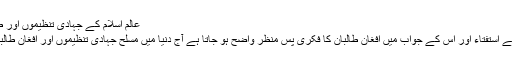
عالم اسلام کے جہادی تنظیموں اور طالبان میں بنیادی فرق
راقم کے خیال میں پہلے استفتاء اور اس کے جواب میں افغان طالبان کا فکری پس منظر واضح ہو جاتا ہے آج دنیا میں مسلح جہادی تنظیموں اور افغان طالبان کا بنیادی فرق ہے۔